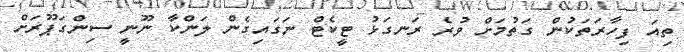
ތިއަ ފިހާރަތަކުން ގަތުމަށް ވުރެ ރަނގަޅު ޓީކެޓް ނަގައިގެން ލަންކާ ނޫނީ ސިންގަޕޫރަށް